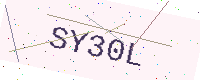
Text: SY30L